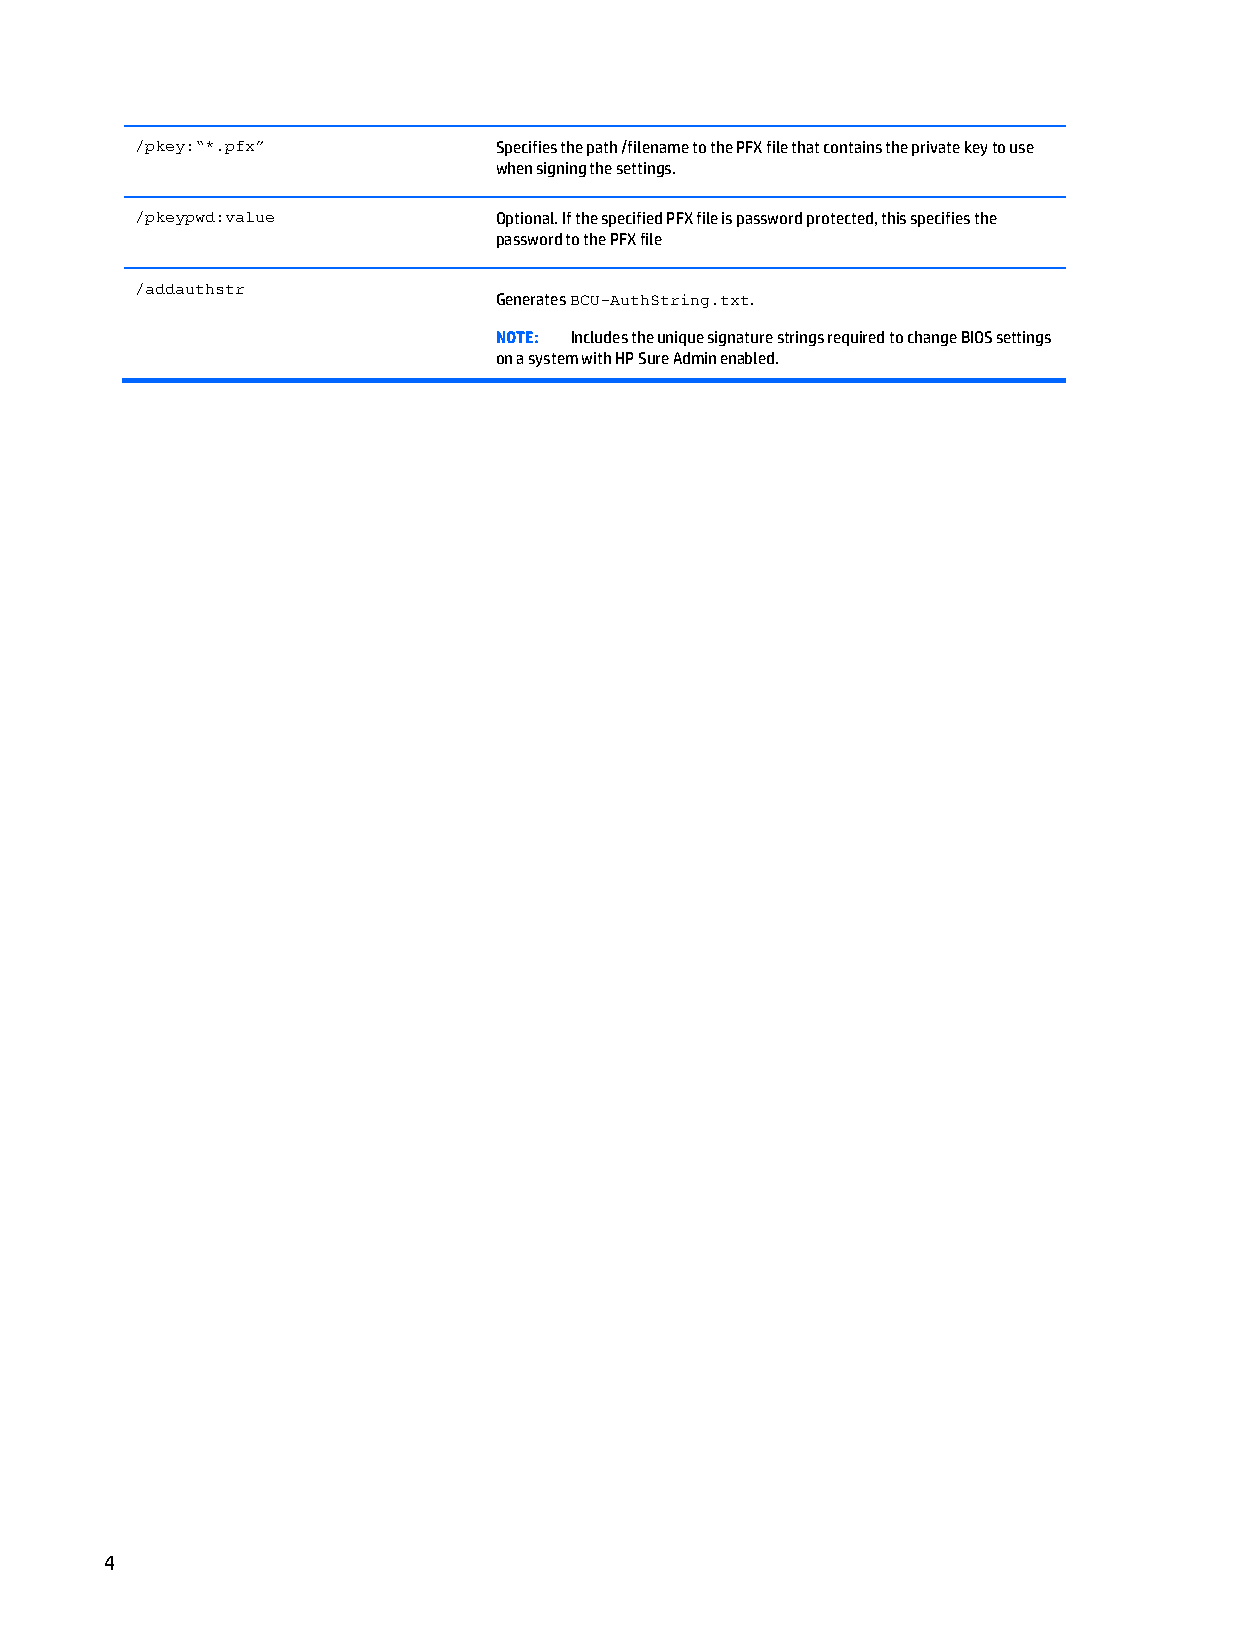
/pkey:“*.pfx”           Specifies the path /filename to the PFX file that contains the private key to use
 when signing the settings.
 /pkeypwd:value          Optional. If the specified PFX file is password protected, this specifies the
 password to the PFX file
 /addauthstr
 Generates BCU-AuthString.txt.
 NOTE: Includes the unique signature strings required to change BIOS settings
 on a system with HP Sure Admin enabled.
 4